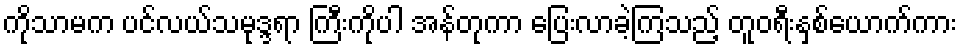
ကိုသာမက ပင်လယ်သမုဒ္ဒရာ ကြီးကိုပါ အန်တုကာ ပြေးလာခဲ့ကြသည့် တူဝရီးနှစ်ယောက်ကား